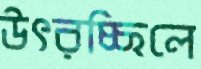
উৎরচ্ছিলে